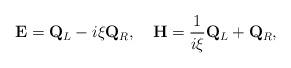
LaTeX: \begin{align*}{\bf E}={\bf Q}_L-i\xi{\bf Q}_R,\quad{\bf H}=\frac{1}{i\xi}{\bf Q}_L+{\bf Q}_R,\end{align*}